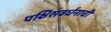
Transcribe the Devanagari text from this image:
पक्षिसंवर्धनाची